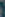
(